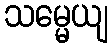
သမ္မေယျ